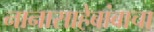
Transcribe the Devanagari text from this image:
नानासाहेबांबाचा